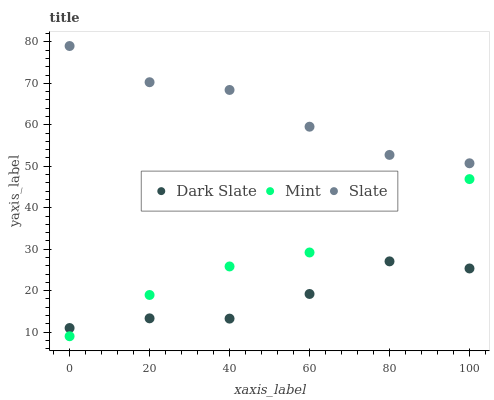
| xaxis_label | Dark Slate | Mint | Slate |
 | --- | --- | --- | --- |
 | 0 | 11 | 9 | 79 |
 | 20 | 13.3 | 19 | 70.3 |
 | 40 | 13.3 | 25.8 | 68.4 |
 | 60 | 19.2 | 29.2 | 59.5 |
 | 80 | 27.1 | 40.6 | 52.7 |
 | 100 | 25.3 | 46.9 | 50.7 |